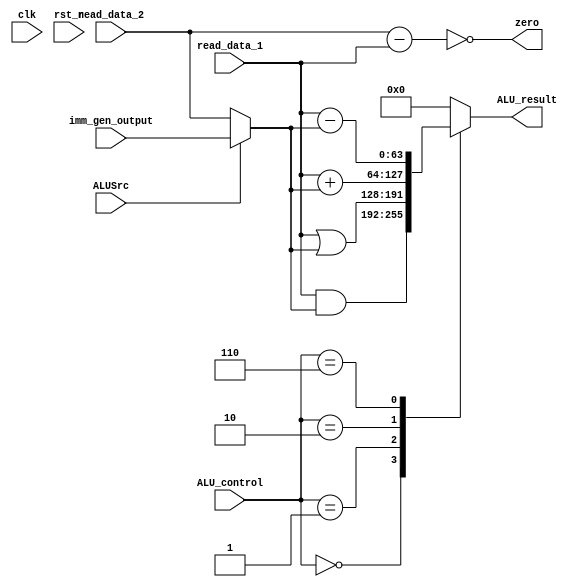
module ALU(
    clk, 
    rst_n, 
    ALUSrc,
    read_data_1,
    imm_gen_output,
    read_data_2,
    ALU_control,
    zero, 
    ALU_result
);

    input         clk, rst_n, ALUSrc;
    input  [63:0] imm_gen_output, read_data_2, read_data_1;
    input   [3:0] ALU_control;
    output zero;
    output [63:0] ALU_result;



    wire [63:0] mux_output;
    reg [63:0] ALU_result_w;
    assign ALU_result = ALU_result_w;
    
    parameter AND = 4'b0000;
    parameter OR  = 4'b0001;
    parameter ADD = 4'b0010;
    parameter SUB = 4'b0110;

    assign mux_output = (ALUSrc)?imm_gen_output:read_data_2;
    assign zero = (read_data_2-read_data_1==0);

    always @(*) begin
        case(ALU_control)
            AND:     ALU_result_w = read_data_1 & mux_output;
            OR:      ALU_result_w = read_data_1 | mux_output;
            ADD:     ALU_result_w = read_data_1 + mux_output;
            SUB:     ALU_result_w = read_data_1 - mux_output;
            default: ALU_result_w = 0;
        endcase
    end

endmodule